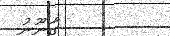
-        ގާނޫނު